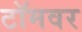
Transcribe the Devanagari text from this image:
टॉमवर